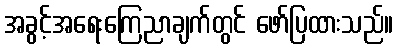
အခွင့်အရေးကြေညာချက်တွင် ဖော်ပြထားသည်။